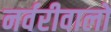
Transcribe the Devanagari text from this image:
नर्वरीवालों